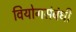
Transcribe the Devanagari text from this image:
वियोगसंबंधी